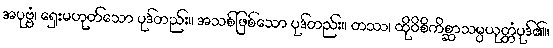
အပုဗ္ဗံ၊ ရှေးမဟုတ်သော ပုဒ်တည်း။ အသစ်ဖြစ်သော ပုဒ်တည်း။ တဿ၊ ထိုဝိစိကိစ္ဆာသမ္ပယုတ္တံပုဒ်၏။